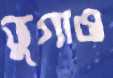
ভুগাও